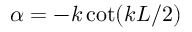
\alpha = - k \cot ( k L / 2 )